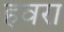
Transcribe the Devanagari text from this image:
हवरा